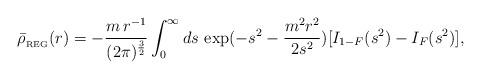
LaTeX: \begin{align*}\bar{\rho}_{{}_{\rm REG}}(r) = - \frac{m\,r^{-1}}{(2\pi)^{\frac{3}{2}}} \int_{0}^{\infty} ds \,\exp (-s^{2} - \frac{m^{2}r^{2}}{2{s}^{2}})[I_{1 - F}(s^{2}) - I_{F}(s^{2})],\end{align*}